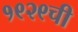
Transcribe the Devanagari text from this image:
१९२९ची